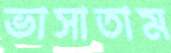
ভাসাতাম